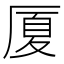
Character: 厦